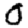
Digit: 0